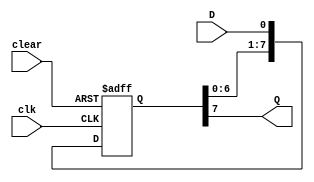
module Eight_Bit_SISO_Shift_Reg(Q, D, clk, clear);
	
	output Q;
	input D, clk, clear;
	reg [7:0]temp;
	
	always @(posedge clk or posedge clear)
		begin
			if(clear)
				temp <= 8'b0;
			else
					temp <= {temp[6:0],D}; //conactinating temp 7 values and 1 D(data i/p) 
		end
		assign Q = temp[7]; //copying temp values to Q o/p

endmodule